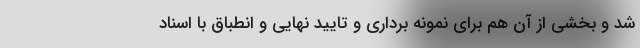
شد و بخشی از آن هم برای نمونه برداری و تایید نهایی و انطباق با اسناد